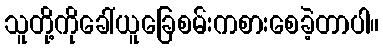
သူတို့ကိုခေါ်ယူခြေစမ်းကစားစေခဲ့တာပါ။